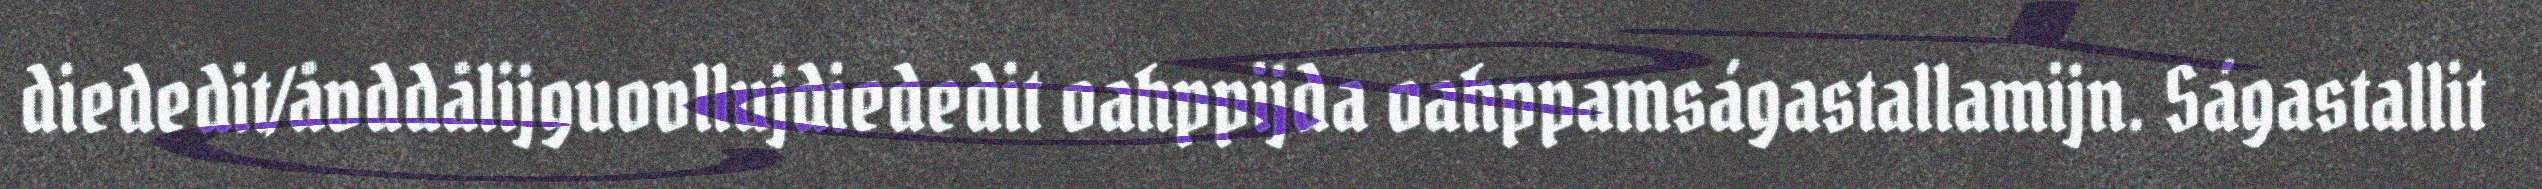
diededit/åvddålijguovllujdiededit oahppijda oahppamságastallamijn. Ságastallit